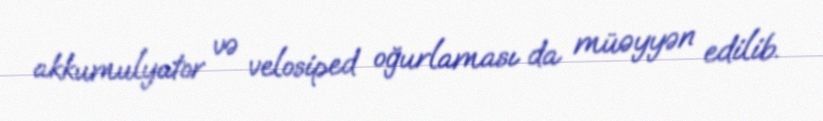
akkumulyator və velosiped oğurlaması da müəyyən edilib.